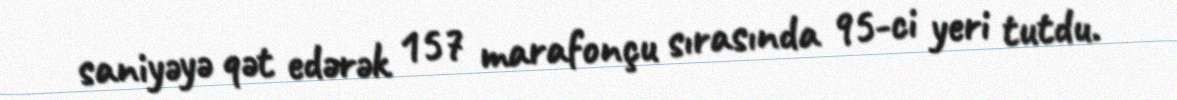
saniyəyə qət edərək 157 marafonçu sırasında 95-ci yeri tutdu.